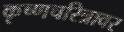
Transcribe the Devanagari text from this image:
कृष्णचरित्रावर